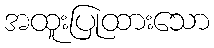
အထူးပြုထားသော